Civil Veterinary Department. United Provinces 1932-42 - 1932-1942
Year: 1932
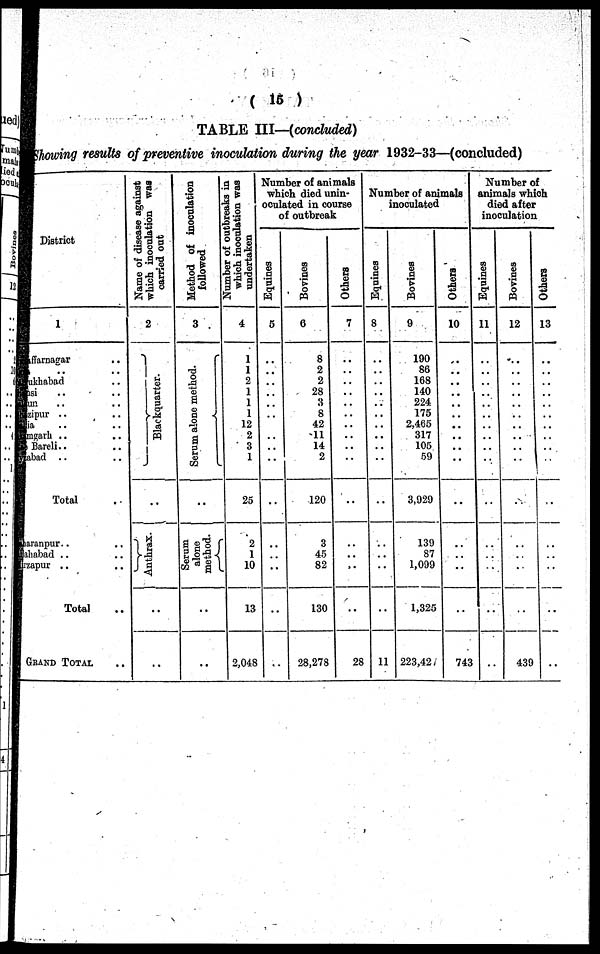
(15)
TABLE III—(concluded)
Showing results of preventive inoculation during the year 1932-33—(concluded)
District
1
ffarnagar ..
.. ..
ikhabad ..
si .. ..
m .. ..
sipur .. ..
a .. ..
mgarh .. ..
Bareli.. ..
abaci .. ..
Total ..
aranpur.. ..
ahabad .. ..
zapur .. ..
Total ..
GRAND TOTAL ..
Name of disease against
which inoculation was
carried out
2
Blaekquarter.
..
Anthrax.
..
..
Method of inoculation
followed
3
Serum alone method.
..
Serum
alone
method.
..
..
Number of outbreaks in
which inoculation was
undertaken
4
1
1
2
1
1
1
12
2
3
1
25
2
1
10
13
2,048
Number of animals
which died unin-
oculated in course
of outbreak
Equines
5
..
..
..
..
..
..
..
..
..
..
..
..
..
..
..
..
Bovines
6
8
2
2
28
8
8
42
11
14
2
120
3
45
82
130
28,278
Others
7
..
..
..
..
..
..
..
..
..
..
..
..
..
..
..
28
Number of animals
inoculated
Equines
8
..
..
..
..
..
..
..
..
..
..
..
..
..
..
..
11
Bovines
9
190
86
168
140
224
175
2,465
317
105
59
3,929
139
87
1,099
1,325
223,42
Others
10
..
..
..
..
..
..
..
..
..
..
..
..
..
..
..
743
Number of
animals which
died after
inoculation
Equines
11
..
..
..
..
..
..
..
..
..
..
..
..
..
..
..
..
Bovines
12
..
..
..
..
..
..
..
..
..
..
..
..
..
..
..
439
Others
13
..
..
..
..
..
..
..
..
..
..
..
..
..
..
..
..